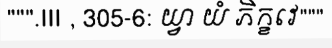
""".III , 305-6: យ្វា យំ ភិក្ខវេ"""